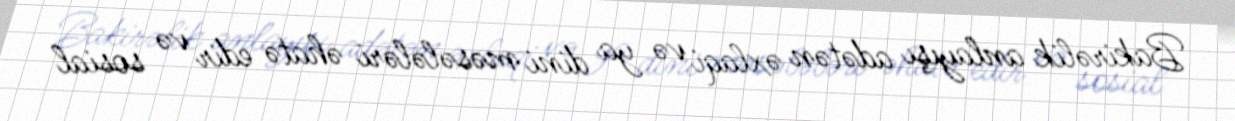
Bakirəlik anlayışı adətən əxlaqi və ya dini məsələləri əhatə edir və sosial